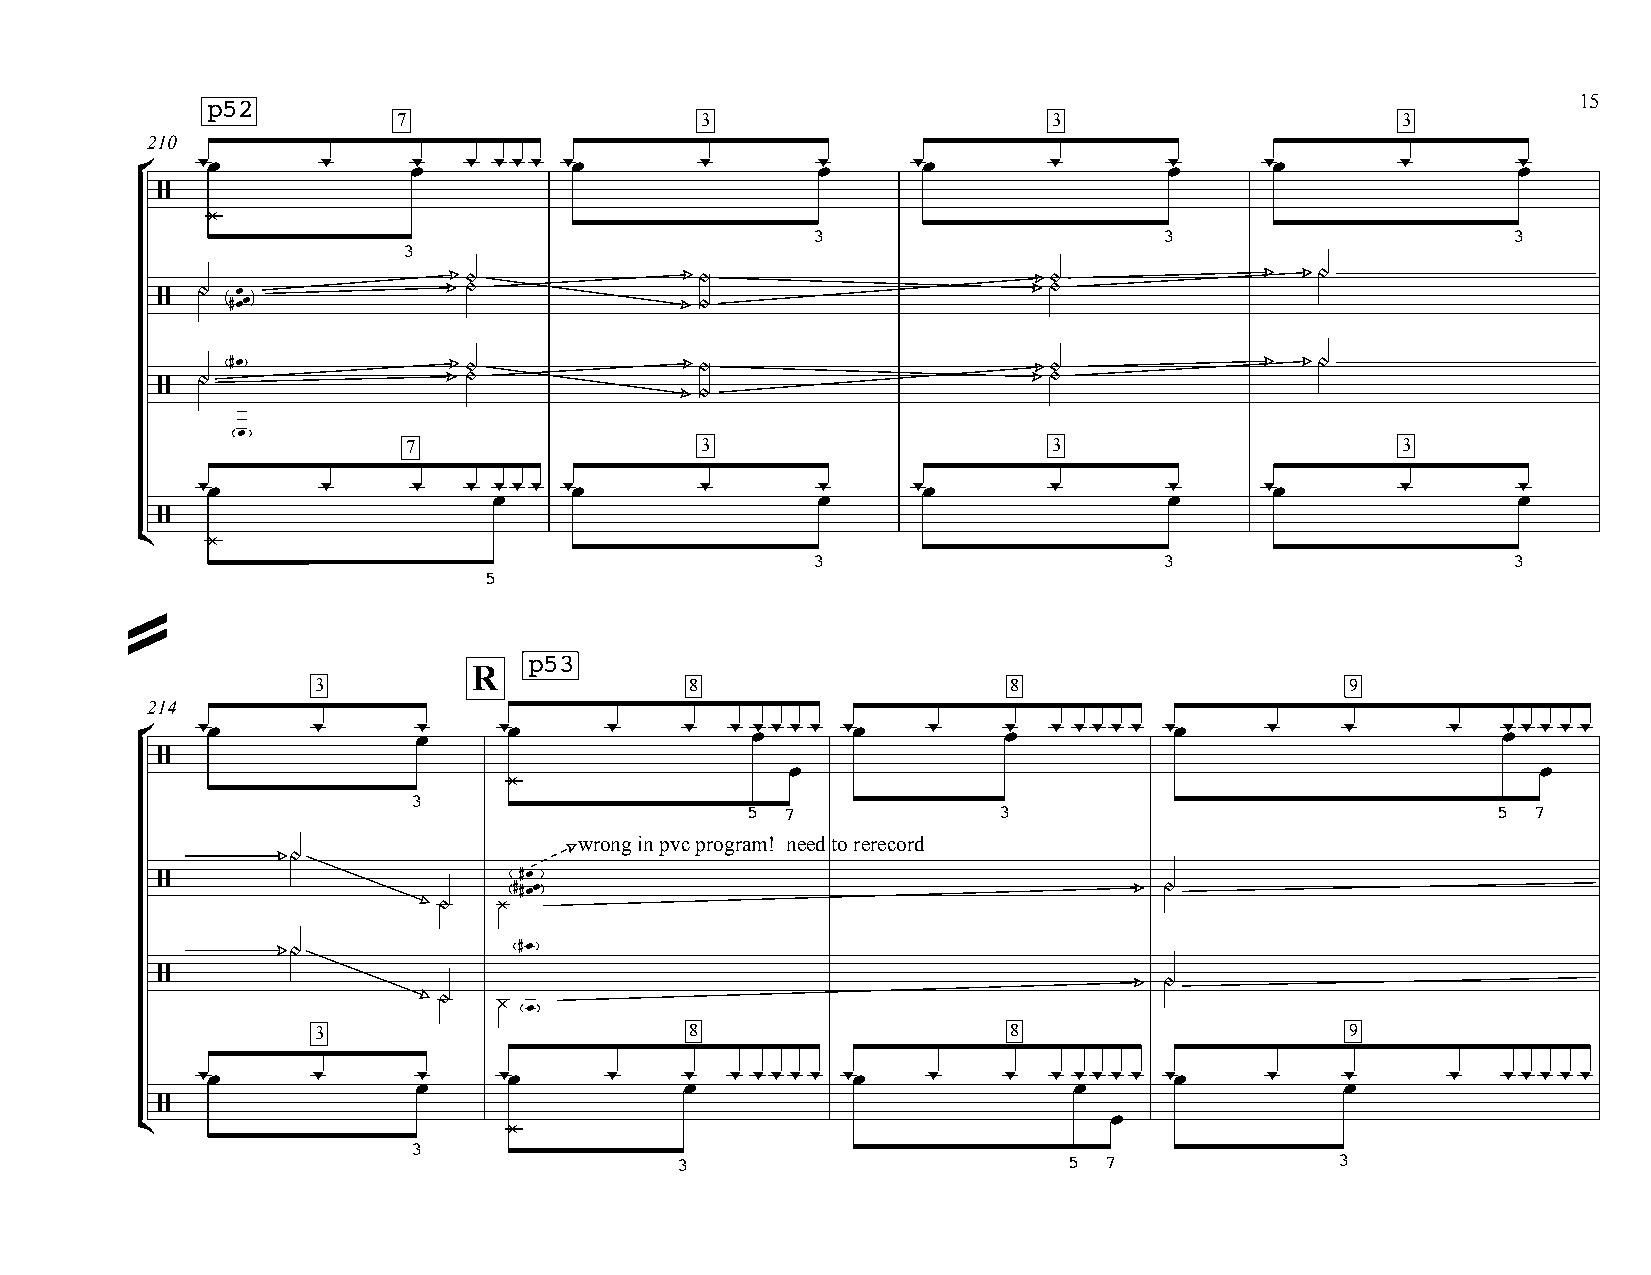
15
 p52
 7                   3                       3                      3
 210
 -œ      -     œ-  - --- -œ       -       œ-    -œ       -       œ-     -œ       -      œ-
 °
 /
 ¿
 3                      3                      3
 3
 O              O                      O                 OO
 OO œ              O                                     O
 /    #œœ                            O
 #œ              O              O                      O                 OO
 OO                O                                     O
 /                                   O
 œ
 7                  3                       3                      3
 -œ      -     -   - œ--- -œ      -       œ-    -œ       -       œ-     -œ       -      œ-
 /
 ¢    ¿
 3                      3                      3
 5
 =
 p53
 R
 3                        8                    8                     9
 214
 °
 -œ      -      œ-   -œ     -    -  - œ--- - -œ  -    œ-  - --- - -œ    -    -      -  œ--- - -
 /
 œ                                                 œ
 ¿
 3
 5  7             3                                5  7
 wrong in pvc program! need to rerecord
 OO
 #œ
 /                       ##œœ                                       OO
 OO  ¿
 OO             #œ
 /                                                                  OO
 OO  ¿
 œ
 3                        8                    8                     9
 -œ      -      œ-   -œ     -    œ- - --- - -œ   -    -   - œ--- - -œ   -    œ-     -  --- - -
 /
 œ
 ¢                        ¿
 3
 3                         5 7               3